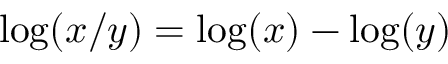
\log ( x / y ) = \log ( x ) - \log ( y )